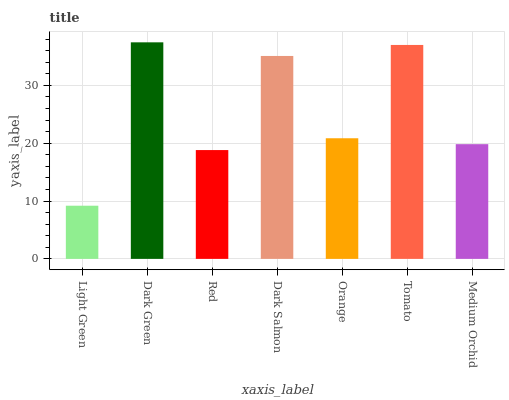
| xaxis_label | bars |
 | --- | --- |
 | Light Green | 9.19 |
 | Dark Green | 37.4 |
 | Red | 18.8 |
 | Dark Salmon | 35.1 |
 | Orange | 20.9 |
 | Tomato | 37 |
 | Medium Orchid | 19.8 |